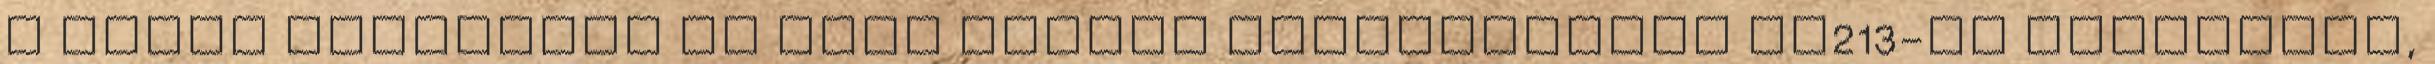
a jóval vastagabb és fele akkora csillapítású RG213-ba fektettem,